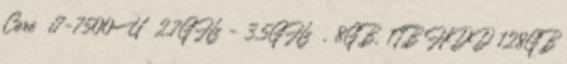
Core™ i7-7500U 2,7GHz - 3,5GHz , 8GB, 1TB HDD 128GB